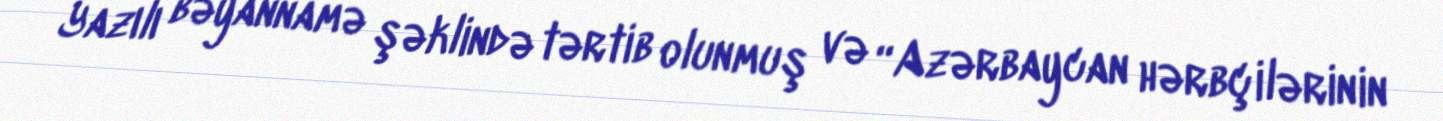
Yazılı bəyannamə şəklində tərtib olunmuş və “Azərbaycan hərbçilərinin